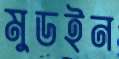
মুডইন